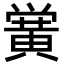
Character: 黉